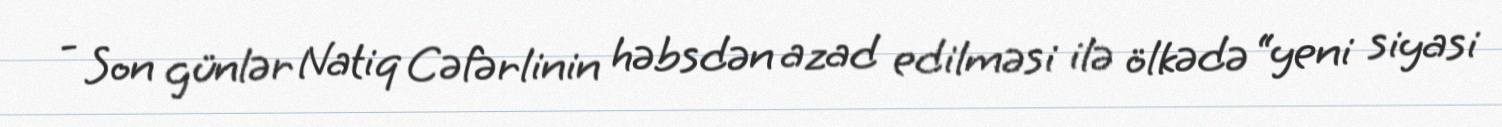
- Son günlər Natiq Cəfərlinin həbsdən azad edilməsi ilə ölkədə “yeni siyasi